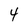
Character: 4